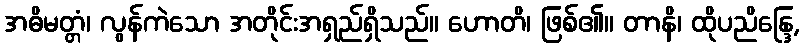
အဓိမတ္တံ၊ လွန်ကဲသော အတိုင်းအရှည်ရှိသည်။ ဟောတိ၊ ဖြစ်၏။ တာနိ၊ ထိုပညိန္ဒြေ,